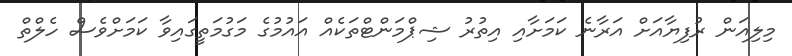
މިލިއަން ރުފިޔާއަށް އަރާނެ ކަމަށާއި އިތުރު ޝިޕްމަންޓްތަކެއް އައުމުގެ މަގުމަތީގައިވާ ކަމަށްވެސް ހެލްތް